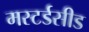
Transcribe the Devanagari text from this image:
मस्टर्डसीड